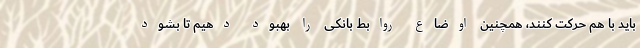
باید با هم حرکت کنند، همچنین اوضاع روابط بانکی را بهبود دهیم تا بشود